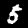
Digit: 5